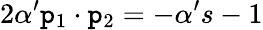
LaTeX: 2\alpha^{\prime}\mathtt{p}_{1}\cdot\mathtt{p}_{2}=-\alpha^{\prime}s-1